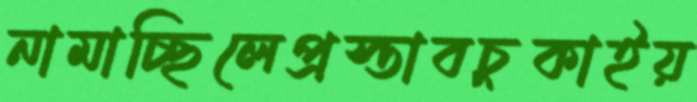
নামাচ্ছিলেপ্রস্তাবচুকাইয়